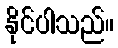
နိုင်ပါသည်။